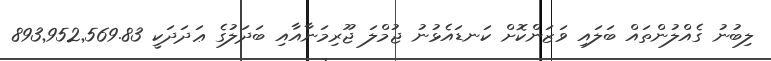
ލިބުނު ގެއްލުންތައް ބަލައި ވަޒަންކޮށް ކަނޑައެޅުނު ޖުމްލަ ޖޫރިމަނާއާއި ބަދަލުގެ ޢަދަދަކީ 893